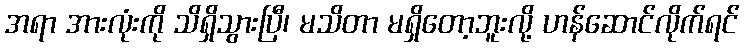
အရာ အားလုံးကို သိရှိသွားပြီ၊ မသိတာ မရှိတော့ဘူးလို့ ဟန်ဆောင်လိုက်ရင်